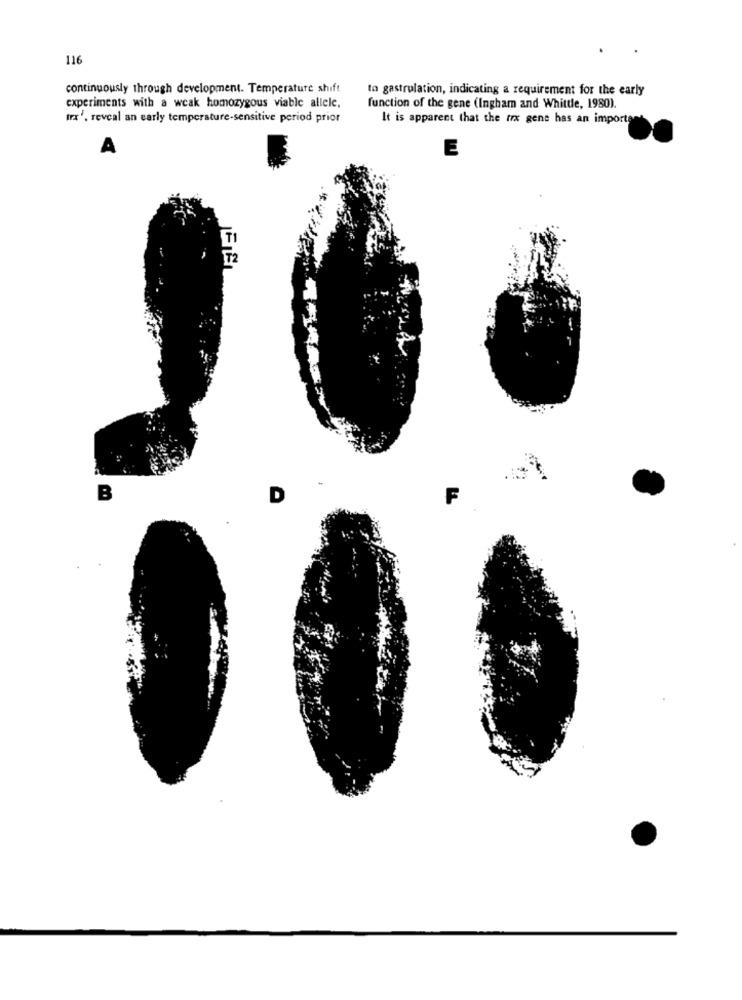
116
continuously through development. Temperature shift
to gastrulation, indicating a requirement for the early
experiments with a weak homozygous viable allele,
function of the gene (Ingham and Whittle, 1980).
trx', reveal an early temperature-sensitive period prior
It is apparent that the fox gene has an important
A
E
TI
T2
B
D
F